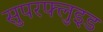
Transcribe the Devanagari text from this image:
सुपरफ्लुइड